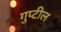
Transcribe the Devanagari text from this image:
गुप्टील